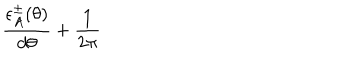
LaTeX: \frac { \epsilon _ { A } ^ { \pm } ( \theta ) } { d \theta } + \frac { 1 } { 2 \pi }